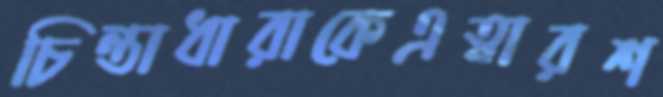
চিন্তাধারাকেএত্বারশ